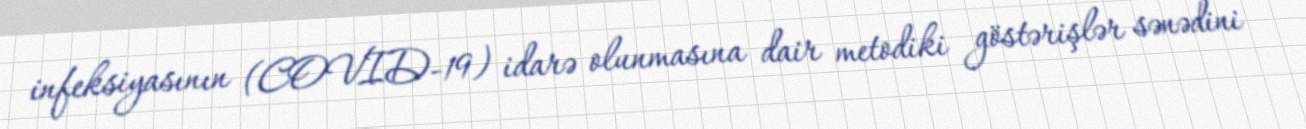
infeksiyasının (COVID-19) idarə olunmasına dair metodiki göstərişlər sənədini